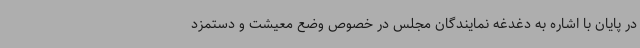
در پایان با اشاره به دغدغه نمایندگان مجلس در خصوص وضع معیشت و دستمزد